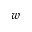
w